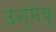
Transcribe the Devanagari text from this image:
उन्मेष्